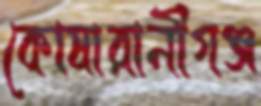
কোষারানীগঞ্জ